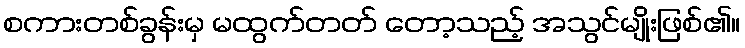
စကားတစ်ခွန်းမှ မထွက်တတ် တော့သည့် အသွင်မျိုးဖြစ်၏။